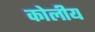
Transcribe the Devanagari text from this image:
कोलीय